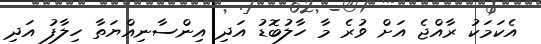
އެކަމަކު ރާއްޖެ އަށް ވުރެ މާ ހާލުބޮޑު އަދި އިންސާނިއްޔަތާ ހިލާފު އަދި